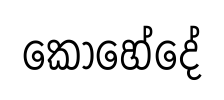
කොහේදේ